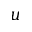
u